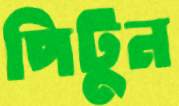
পিটুন